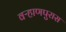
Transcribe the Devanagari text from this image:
वऱ्हाणपुरास